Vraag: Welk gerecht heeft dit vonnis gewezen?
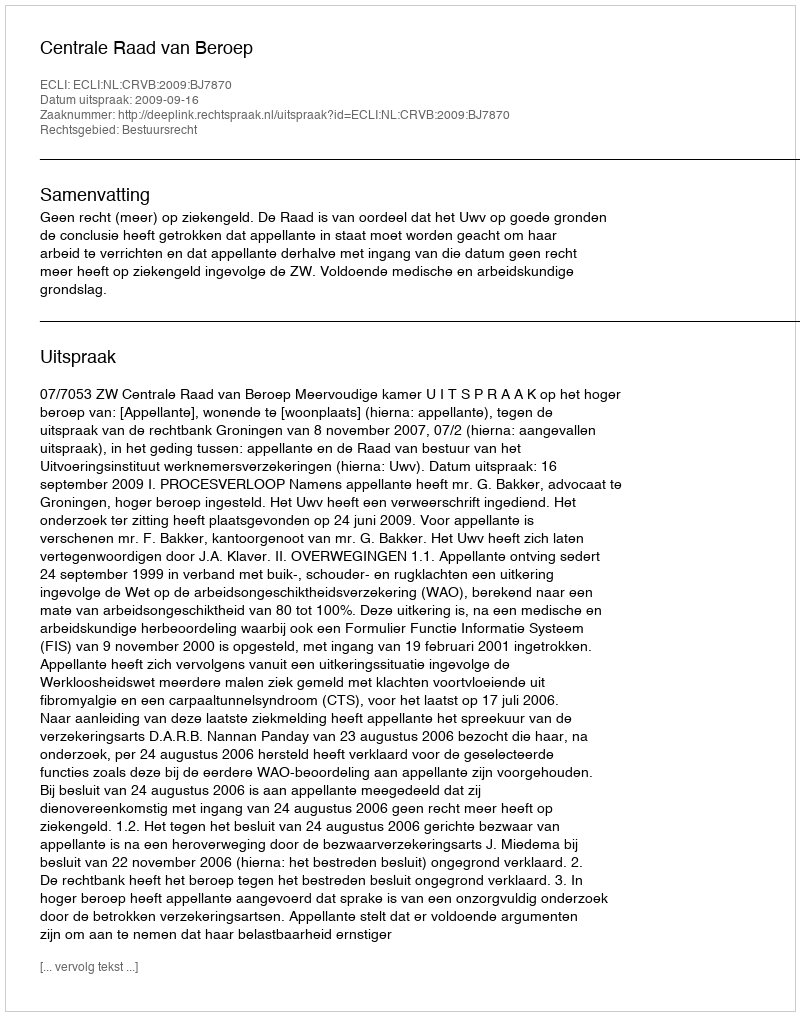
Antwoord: Centrale Raad van Beroep